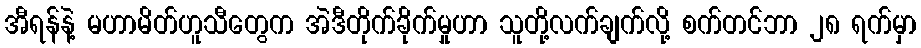
အီရန်နဲ့ မဟာမိတ်ဟူသီတွေက အဲဒီတိုက်ခိုက်မှုဟာ သူတို့လက်ချက်လို့ စက်တင်ဘာ ၂၈ ရက်မှာ